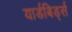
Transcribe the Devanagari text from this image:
यार्डबिर्ड्स